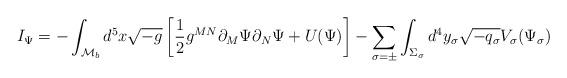
LaTeX: \begin{align*}I_{\Psi} = -\int_{{\cal M}_b} d^5x\sqrt{-g} \left[\frac{1}{2}g^{MN}\partial_M\Psi\partial_N\Psi +U(\Psi)\right] - \sum_{\sigma=\pm}\int_{\Sigma_{\sigma}}d^4y_{\sigma} \sqrt{-q_{\sigma}}V_{\sigma}(\Psi_{\sigma})\end{align*}